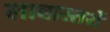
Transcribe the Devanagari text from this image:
लावास्तरों